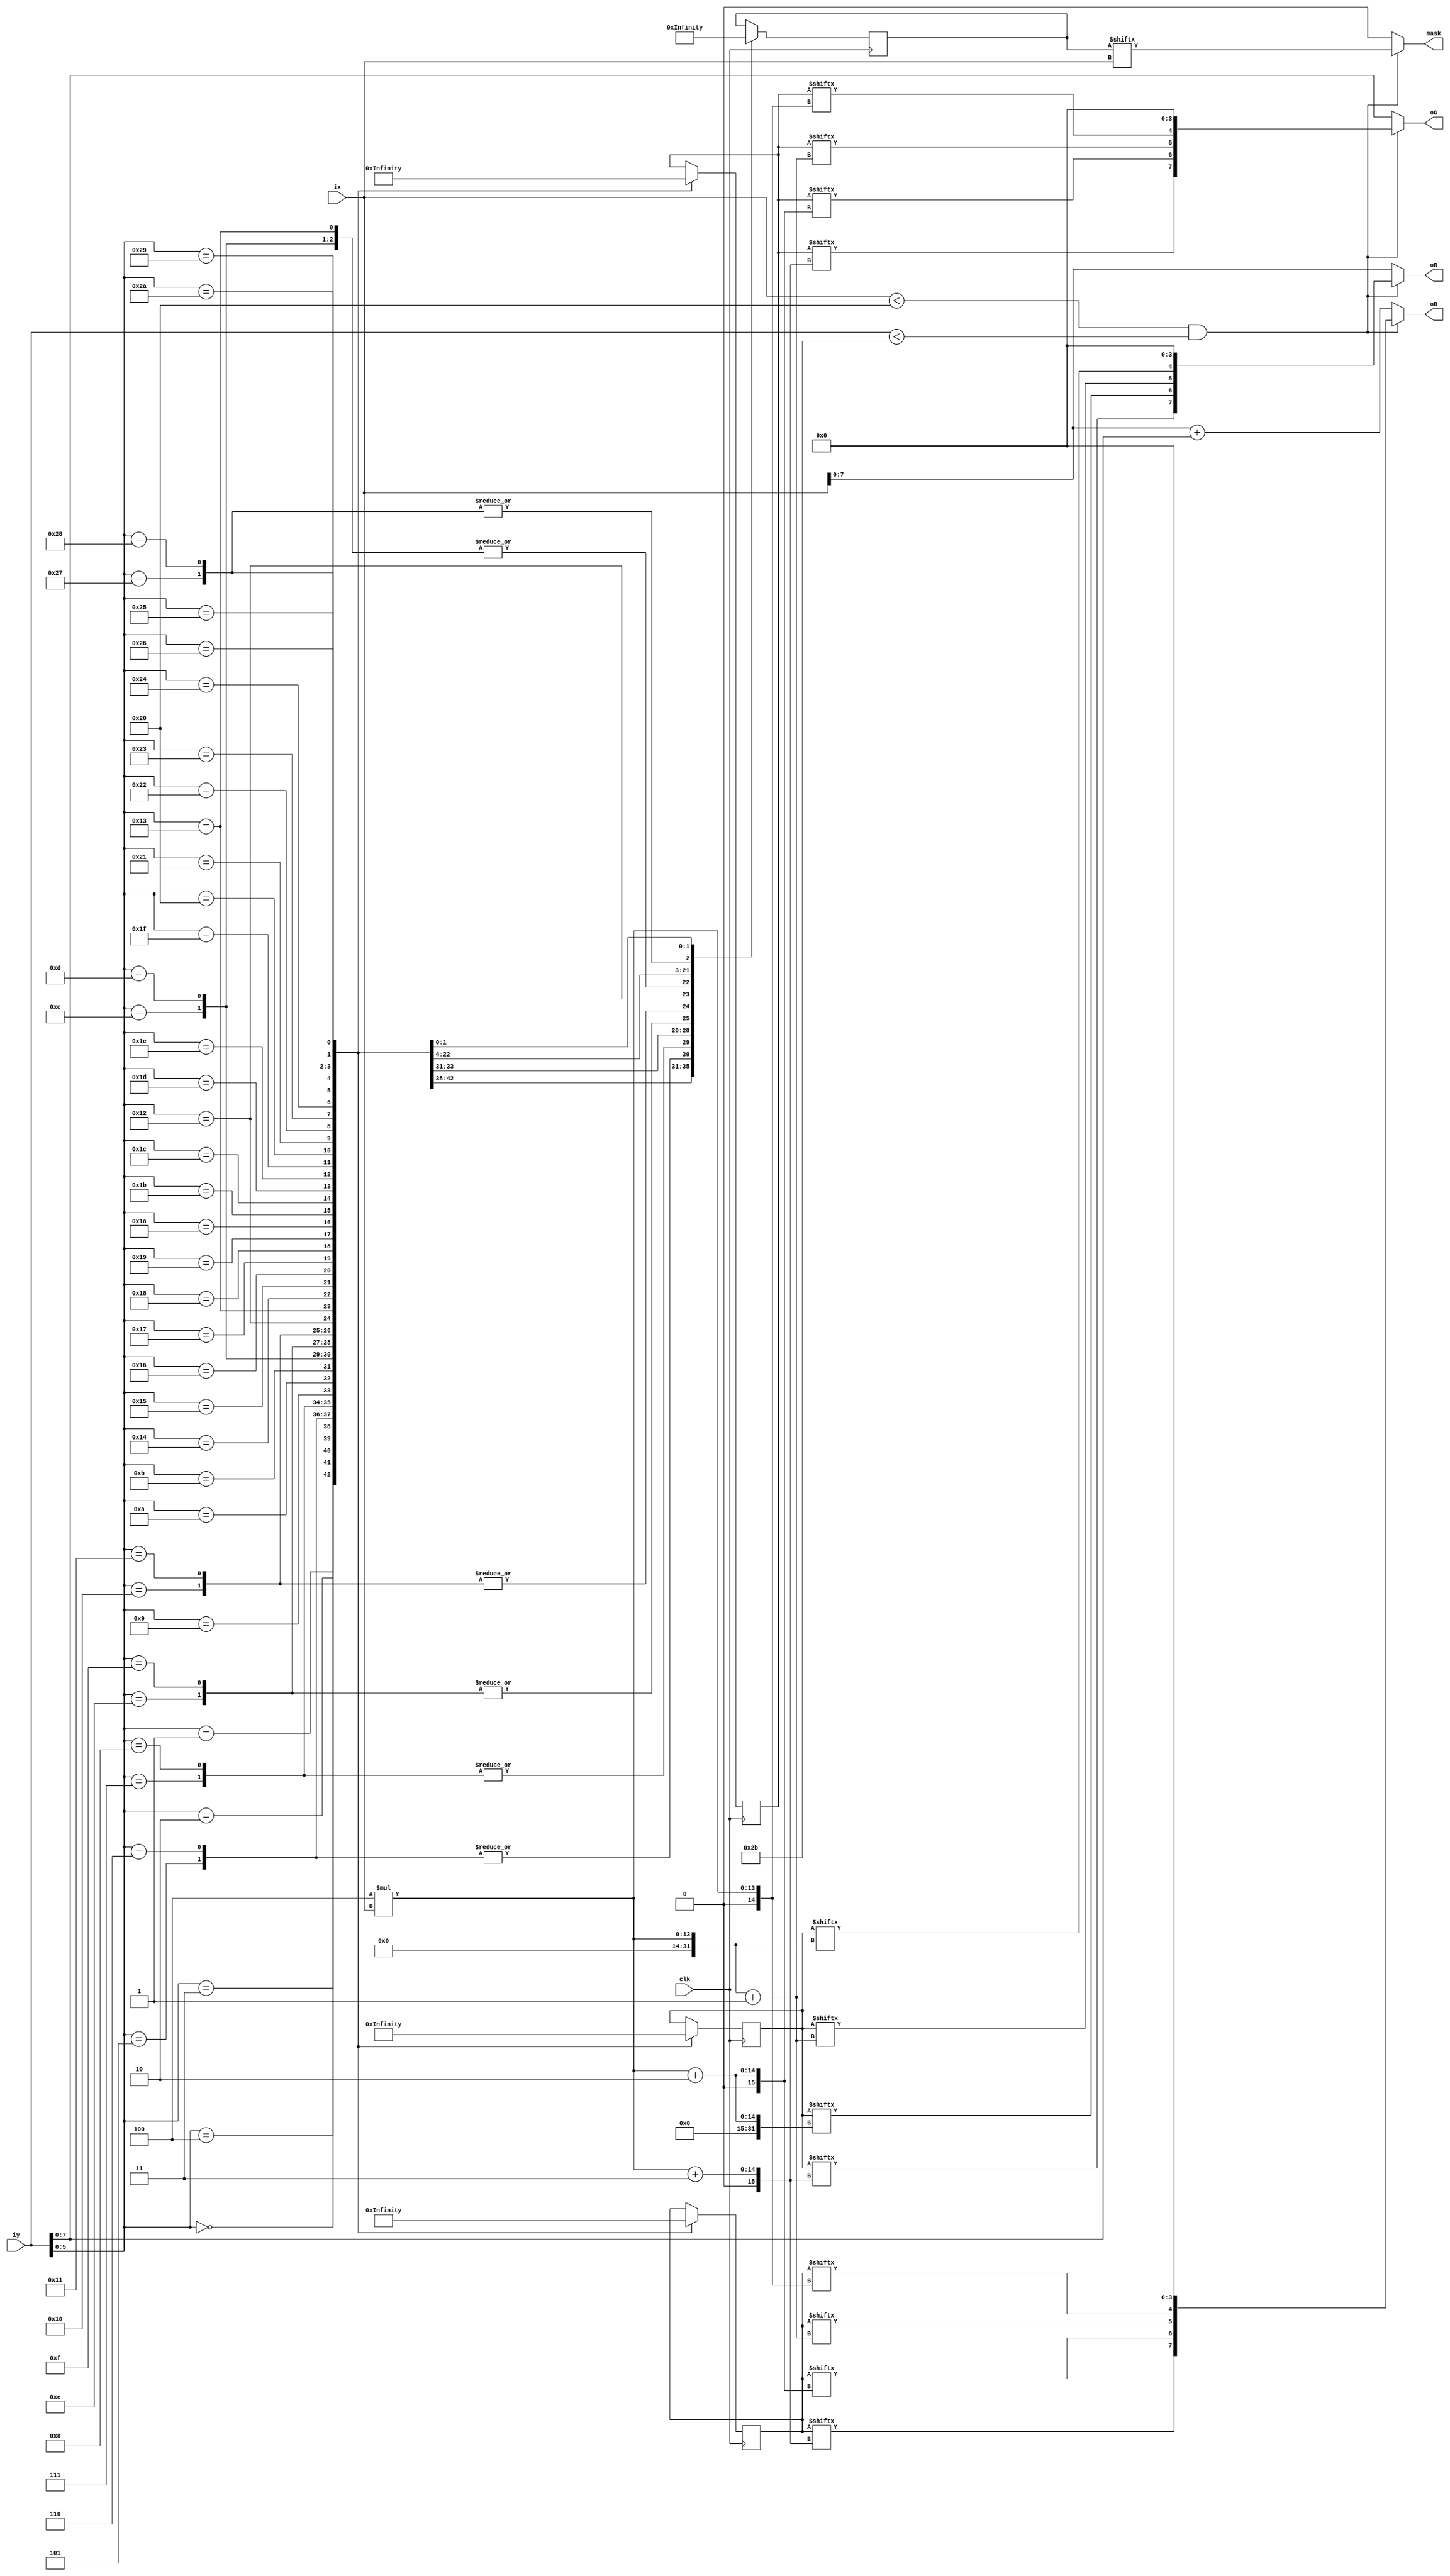
module mario_big(ix,iy,oR,oG,oB,mask,clk);
input clk;
input [10:0] ix;
input [10:0] iy;
output [7:0] oR;
output [7:0] oG;
output [7:0] oB;
output mask;
reg [128:0] mario_big_r;
reg [128:0] mario_big_g;
reg [128:0] mario_big_b;
reg [32:0] mario_big_a;
parameter x_size = 32,y_size = 43;
wire mask;

assign oR = (ix<x_size&&iy<y_size)?{mario_big_r[4*ix+3],mario_big_r[4*ix+2],mario_big_r[4*ix+1],mario_big_r[4*ix],4'b0000}:{ix[7:0]};
assign oG = (ix<x_size&&iy<y_size)?{mario_big_g[4*ix+3],mario_big_g[4*ix+2],mario_big_g[4*ix+1],mario_big_g[4*ix],4'b0000}:{iy[7:0]};
assign oB = (ix<x_size&&iy<y_size)?{mario_big_b[4*ix+3],mario_big_b[4*ix+2],mario_big_b[4*ix+1],mario_big_b[4*ix],4'b0000}:{ix+iy}; 
assign mask = (ix<x_size&&iy<y_size)?{mario_big_a[ix]}:0; 
always @(posedge clk)
begin
case(iy[5:0])
6'd0:mario_big_r=128'h000000000fffeedc0000000000000000;
6'd1:mario_big_r=128'h00000000ffffeedcbb00000000000000;
6'd2:mario_big_r=128'h000000ffffffeedcbbba000000000000;
6'd3:mario_big_r=128'h000000ffffffeedcbbaa000000000000;
6'd4:mario_big_r=128'h00000fffffffecba9999880000000000;
6'd5:mario_big_r=128'h00000fffffffaaa98888770000000000;
6'd6:mario_big_r=128'h00000fffffec789a8777660000000000;
6'd7:mario_big_r=128'h00000fffffc8457c8776000000000000;
6'd8:mario_big_r=128'h0000ffffdcbbbbcdbbbdfe0000000000;
6'd9:mario_big_r=128'h00fffffeaceeb89eeeefed6000000000;
6'd10:mario_big_r=128'h00feffed8cffc56effffec9ceee00000;
6'd11:mario_big_r=128'h00efeeda8adfd55dffffebaceee00000;
6'd12:mario_big_r=128'h00ffeffe89bf95348bcc889cdeedaa00;
6'd13:mario_big_r=128'h000ffffebbdfc96445676789cddca900;
6'd14:mario_big_r=128'h0000ffffeeeffd9532356678accb9a00;
6'd15:mario_big_r=128'h0000ffffffffffd9546b57789aaa9900;
6'd16:mario_big_r=128'h0000fffeacdffeed899956779aba9900;
6'd17:mario_big_r=128'h0000ffffccdc9abdba9887669aaa8800;
6'd18:mario_big_r=128'h00ffffffeedb758bda8677659aa98800;
6'd19:mario_big_r=128'h00ffffffedddb302a86256669aa90000;
6'd20:mario_big_r=128'h00ffffedccccc66b721028969aa90000;
6'd21:mario_big_r=128'hfdeffedbaaaab54a620014679aa80000;
6'd22:mario_big_r=128'hdeeffdca989993264100013799940000;
6'd23:mario_big_r=128'heffeeca8068a31000000000276600000;
6'd24:mario_big_r=128'hffeeca9701110000000000009aa98800;
6'd25:mario_big_r=128'hfffeb9860000000000000000bbba8760;
6'd26:mario_big_r=128'hfffeb9760f00000000000000bcba8767;
6'd27:mario_big_r=128'hefeeca860000000000000002ccb99887;
6'd28:mario_big_r=128'heeedba960000000000000014bbaa9998;
6'd29:mario_big_r=128'heddc99860000000000000026baaa9998;
6'd30:mario_big_r=128'h0bbb87658400000000000028aaaaa998;
6'd31:mario_big_r=128'h0099549b863000000000003a99999997;
6'd32:mario_big_r=128'h00aa57aa831000000000014989989886;
6'd33:mario_big_r=128'h00000bba620000000000014988888760;
6'd34:mario_big_r=128'h00000bba310000000000014888777600;
6'd35:mario_big_r=128'h000009aa100000000000015789997700;
6'd36:mario_big_r=128'h0000babb000000000000014788986600;
6'd37:mario_big_r=128'h0000babc100000000000006678870000;
6'd38:mario_big_r=128'h0000babc310000000000000000000000;
6'd39:mario_big_r=128'h00009aab742200000000000000000000;
6'd40:mario_big_r=128'h0000a99a765400000000000000000000;
6'd41:mario_big_r=128'h00008889776500000000000000000000;
6'd42:mario_big_r=128'h00000577666000000000000000000000;
endcase
case(iy[5:0])
6'd0:mario_big_g=128'h00000000000026840000000000000000;
6'd1:mario_big_g=128'h00000000000075544300000000000000;
6'd2:mario_big_g=128'h00000000000086442100000000000000;
6'd3:mario_big_g=128'h00000000000036640000000000000000;
6'd4:mario_big_g=128'h00000000000000000000000000000000;
6'd5:mario_big_g=128'h00000000000001221000000000000000;
6'd6:mario_big_g=128'h00000000000002452100000000000000;
6'd7:mario_big_g=128'h00000000000123475310000000000000;
6'd8:mario_big_g=128'h0000000003578999888aba0000000000;
6'd9:mario_big_g=128'h0000000017aba99cbccca94000000000;
6'd10:mario_big_g=128'h0000000018ceb89ddedca98ceed00000;
6'd11:mario_big_g=128'h0000000026aeb77cddcb989ceee00000;
6'd12:mario_big_g=128'h000059a9259f73125788579cdeedaa00;
6'd13:mario_big_g=128'h00009ab968afb64223454679cddc9900;
6'd14:mario_big_g=128'h0000dcbabbceea7321134678acca9900;
6'd15:mario_big_g=128'h0000ddddedddcca6434746788aaa9900;
6'd16:mario_big_g=128'h0000fcbb689baaa9455636679aaa9900;
6'd17:mario_big_g=128'h0000013323457789765202459aaa8800;
6'd18:mario_big_g=128'h00000000000135678640002378887800;
6'd19:mario_big_g=128'h00000000000004541001000012100000;
6'd20:mario_big_g=128'h000000000000037c8644564000000000;
6'd21:mario_big_g=128'h0a5000000000037b8654554000000000;
6'd22:mario_big_g=128'hbb710000000014797545443000000000;
6'd23:mario_big_g=128'heeb50000021045654554443200000000;
6'd24:mario_big_g=128'hffec8543055456655566543335554400;
6'd25:mario_big_g=128'hfffea865065566666666554477764330;
6'd26:mario_big_g=128'hfffeb875005566666677665578774434;
6'd27:mario_big_g=128'heeeeca86005556666666666688865544;
6'd28:mario_big_g=128'heeedba96055566666666666677766665;
6'd29:mario_big_g=128'heddca986055556655556666677677776;
6'd30:mario_big_g=128'h0bbb8765545555555555666666677775;
6'd31:mario_big_g=128'h00995467444555555445556656667764;
6'd32:mario_big_g=128'h00aa5567655544544444555645666554;
6'd33:mario_big_g=128'h00000777655543444333555545555540;
6'd34:mario_big_g=128'h00000877665533333333455555544400;
6'd35:mario_big_g=128'h00000667555543333332044456775500;
6'd36:mario_big_g=128'h00008778554443333332043356664400;
6'd37:mario_big_g=128'h00007778544433333330003245650000;
6'd38:mario_big_g=128'h00007778443333221000000000000000;
6'd39:mario_big_g=128'h00006678433210000000000000000000;
6'd40:mario_big_g=128'h00005566433200000000000000000000;
6'd41:mario_big_g=128'h00008555433300000000000000000000;
6'd42:mario_big_g=128'h00000344333000000000000000000000;
endcase
case(iy[5:0])
6'd0:mario_big_b=128'h00000000011147850000000000000000;
6'd1:mario_big_b=128'h00000000222186554400000000000000;
6'd2:mario_big_b=128'h00000021222186552100000000000000;
6'd3:mario_big_b=128'h00000012222146651100000000000000;
6'd4:mario_big_b=128'h00000122222111000000110000000000;
6'd5:mario_big_b=128'h00000222221111221000000000000000;
6'd6:mario_big_b=128'h00000222211112342100000000000000;
6'd7:mario_big_b=128'h00000122111112364210000000000000;
6'd8:mario_big_b=128'h00001111134678877778980000000000;
6'd9:mario_big_b=128'h00001111168999aa9aa9872000000000;
6'd10:mario_big_b=128'h0001111106aba9acabb9877ceed00000;
6'd11:mario_big_b=128'h00111110047c989caaa9879ceee00000;
6'd12:mario_big_b=128'h00005887026c52124677479cdeedaa00;
6'd13:mario_big_b=128'h00007887458c953122344679cddca900;
6'd14:mario_big_b=128'h0000a99889acb85211123578accb9900;
6'd15:mario_big_b=128'h0000aaabbbbba985323646789aaa9900;
6'd16:mario_big_b=128'h0000a99946798887444536679aba9900;
6'd17:mario_big_b=128'h0000133423458777654203459aaa8800;
6'd18:mario_big_b=128'h00001111111268876541002378888800;
6'd19:mario_big_b=128'h00321111111129b92113100022210000;
6'd20:mario_big_b=128'h002221111000167369a9720000000000;
6'd21:mario_big_b=128'h0a6111100000188469ba852000000000;
6'd22:mario_big_b=128'hbc821100011039b779aa985000000000;
6'd23:mario_big_b=128'heec6100005319cdbabba998400000000;
6'd24:mario_big_b=128'hffec86430bbaccdcccccb98613322100;
6'd25:mario_big_b=128'hfffea8650bccdddcddddcba944432100;
6'd26:mario_big_b=128'hfffeb97600ccdddddeeedcca45542112;
6'd27:mario_big_b=128'heeeeca8600cccdddddddddcb56633222;
6'd28:mario_big_b=128'heeedba970ccccdddcccdddc955544443;
6'd29:mario_big_b=128'heddca9870bccccdcccccddb754444443;
6'd30:mario_big_b=128'h0bbb986425bcccccbbbcdda444445443;
6'd31:mario_big_b=128'h00995434225bcccbbaabcc9333444443;
6'd32:mario_big_b=128'h00aa544458abaaaaa999ba8323334332;
6'd33:mario_big_b=128'h000004447abb88889888b97323333330;
6'd34:mario_big_b=128'h000004449bcc87677776886223332200;
6'd35:mario_big_b=128'h00000344abbb97777774074134443300;
6'd36:mario_big_b=128'h00005445aaaa97777774083133432200;
6'd37:mario_big_b=128'h00004456999987777760000023330000;
6'd38:mario_big_b=128'h00004456678766663200000000000000;
6'd39:mario_big_b=128'h00003445234322000000000000000000;
6'd40:mario_big_b=128'h00003334111220000000000000000000;
6'd41:mario_big_b=128'h00000222100000000000000000000000;
6'd42:mario_big_b=128'h00000111000000000000000000000000;
endcase
case(iy[5:0])
6'd0:mario_big_a=32'b00000000000111100000000000000000;
6'd1:mario_big_a=32'b00000000011111110000000000000000;
6'd2:mario_big_a=32'b00000000111111111000000000000000;
6'd3:mario_big_a=32'b00000000111111111111000000000000;
6'd4:mario_big_a=32'b00000001111111111111000000000000;
6'd5:mario_big_a=32'b00000011111111111111000000000000;
6'd6:mario_big_a=32'b00000011111111111111000000000000;
6'd7:mario_big_a=32'b00000111111111111111000000000000;
6'd8:mario_big_a=32'b00000111111111111111000000000000;
6'd9:mario_big_a=32'b00000111111111111111100000000000;
6'd10:mario_big_a=32'b00001111111111111111100000000000;
6'd11:mario_big_a=32'b00001111111111111111111111000000;
6'd12:mario_big_a=32'b00001111111111111111111111110000;
6'd13:mario_big_a=32'b00001111111111111111111111110000;
6'd14:mario_big_a=32'b00000111111111111111111111110000;
6'd15:mario_big_a=32'b00000111111111111111111111110000;
6'd16:mario_big_a=32'b00000001111111111111001111110000;
6'd17:mario_big_a=32'b00000001111111111111001111110000;
6'd18:mario_big_a=32'b00000011111111111111101111110000;
6'd19:mario_big_a=32'b00001111111111111111111111110000;
6'd20:mario_big_a=32'b00011111111111111111111111110000;
6'd21:mario_big_a=32'b00011111111111111111111111100000;
6'd22:mario_big_a=32'b01111111111111111111111111100000;
6'd23:mario_big_a=32'b01111111001111111111111000000000;
6'd24:mario_big_a=32'b01111110001111111111111100000000;
6'd25:mario_big_a=32'b11111110000111111111111101111000;
6'd26:mario_big_a=32'b11111110000111111111111111111110;
6'd27:mario_big_a=32'b11111111000111111111111111111110;
6'd28:mario_big_a=32'b01111111000111111111111111111111;
6'd29:mario_big_a=32'b01111110000111111111111111111111;
6'd30:mario_big_a=32'b00111100000111111111111111111111;
6'd31:mario_big_a=32'b00000000111111111111111111111110;
6'd32:mario_big_a=32'b00000001111111111111111111111100;
6'd33:mario_big_a=32'b00000001111111111111111111111000;
6'd34:mario_big_a=32'b00000001111111111111011111111000;
6'd35:mario_big_a=32'b00000001111111111110001111110000;
6'd36:mario_big_a=32'b00000111111111111100000011110000;
6'd37:mario_big_a=32'b00000111111111111000000011100000;
6'd38:mario_big_a=32'b00000111111111100000000000000000;
6'd39:mario_big_a=32'b00000111111100000000000000000000;
6'd40:mario_big_a=32'b00000111111100000000000000000000;
6'd41:mario_big_a=32'b00000011111000000000000000000000;
6'd42:mario_big_a=32'b00000001110000000000000000000000;
endcase
end
endmodule